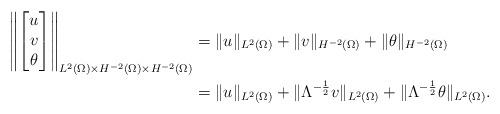
LaTeX: \begin{align*}\left\| \begin{bmatrix} u\\ v \\ \theta \end{bmatrix}\right\|_{L^2(\Omega)\times H^{-2}(\Omega)\times H^{-2}(\Omega)}&=\|u\|_{L^2(\Omega)}+\|v\|_{H^{-2}(\Omega)}+\|\theta\|_{H^{-2}(\Omega)}\\&=\|u\|_{L^2(\Omega)}+\|\Lambda^{-\frac{1}{2}}v\|_{L^{2}(\Omega)}+\|\Lambda^{-\frac{1}{2}}\theta\|_{L^{2}(\Omega)}.\end{align*}